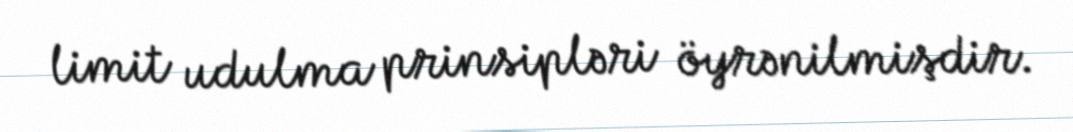
limit udulma prinsipləri öyrənilmişdir.